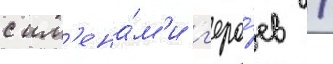
с им'ена́м'и г'еро́ев /